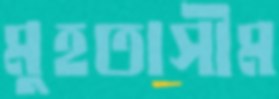
মুহতাসীম